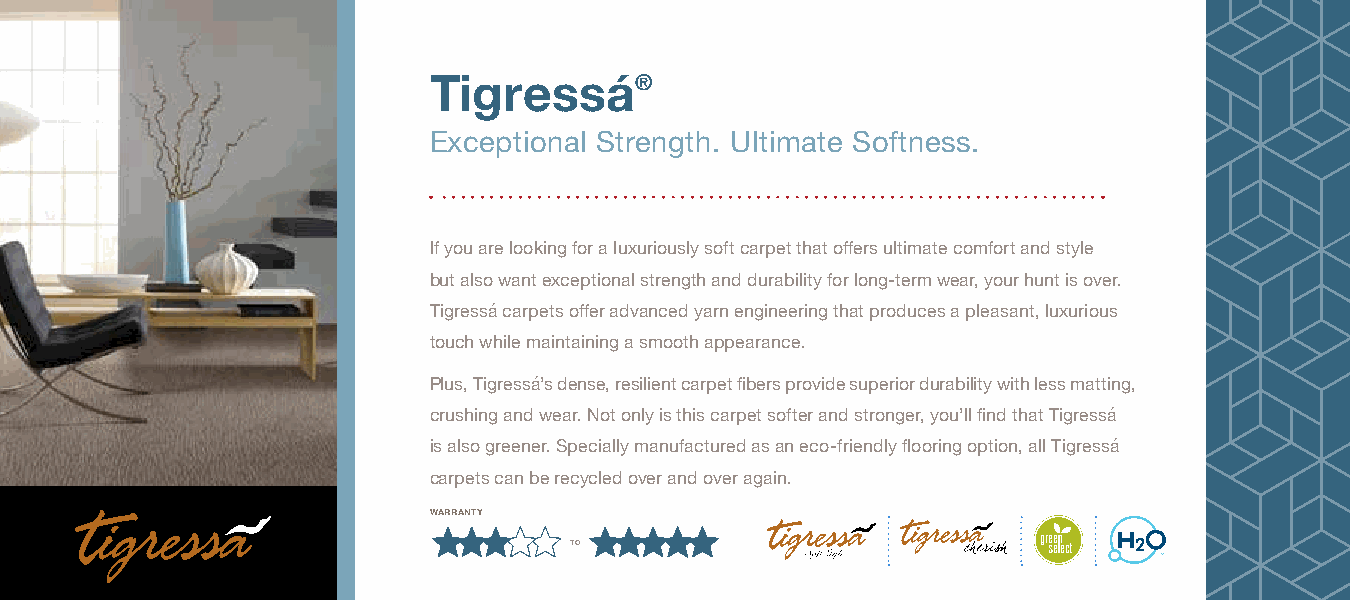
Tigressá®
 Exceptional Strength. Ultimate Softness.
 If you are looking for a luxuriously soft carpet that offers ultimate comfort and style
 but also want exceptional strength and durability for long-term wear, your hunt is over.
 Tigressá carpets offer advanced yarn engineering that produces a pleasant, luxurious
 touch while maintaining a smooth appearance.
 Plus, Tigressá’s dense, resilient carpet fibers provide superior durability with less matting,
 crushing and wear. Not only is this carpet softer and stronger, you’ll find that Tigressá
 is also greener. Specially manufactured as an eco-friendly flooring option, all Tigressá
 carpets can be recycled over and over again.
 warranty
 to